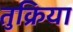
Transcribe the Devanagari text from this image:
तुक्रिया